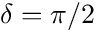
\delta = \pi / 2